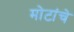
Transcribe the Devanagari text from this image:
मोटांचे